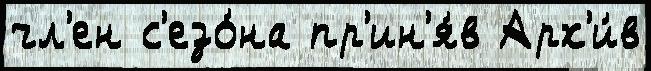
чл'ен с'езо́на пр'ин'я́в Арх'и́в